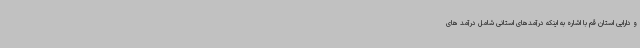
و دارایی استان قم با اشاره به اینکه درآمدهای استانی شامل درآمد های